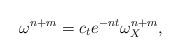
LaTeX: \begin{align*}\omega^{n+m}=c_t e^{-nt}\omega_X^{n+m},\end{align*}